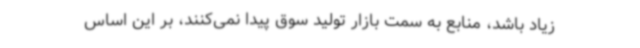
زیاد باشد، منابع به سمت بازار تولید سوق پیدا نمی‌کنند، بر این اساس